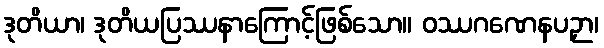
ဒုတိယာ၊ ဒုတိယပြဿနာကြောင့်ဖြစ်သော။ ဝဿဂဏေနပဉှာ၊